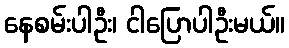
နေစမ်းပါဦး၊ ငါပြောပါဦးမယ်။